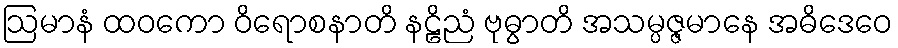
ဩမာနံ ထဝကော ဝိရောစနာတိ နဠိညံ ဗုဓွာတိ အသမ္ပဇ္ဇမာနေ အဓိဒေဝေ